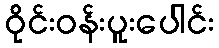
ဝိုင်းဝန်းပူးပေါင်း